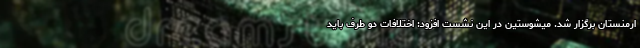
ارمنستان برگزار شد. میشوستین در این نشست افزود: اختلافات دو طرف باید